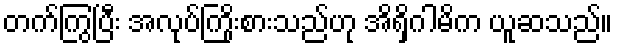
တက်ကြွပြီး အလုပ်ကြိုးစားသည်ဟု အိရှိဂါမိက ယူဆသည်။